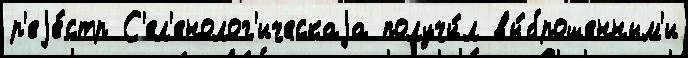
р'еjе́стр С'ел'енолог'ическаjа получи́л вы́брошенным'и